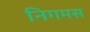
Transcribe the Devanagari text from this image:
निगमस